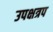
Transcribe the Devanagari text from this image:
उपक्षत्रप